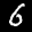
Label: 6